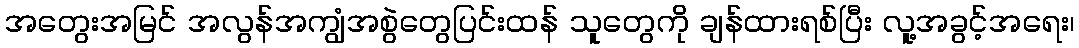
အတွေးအမြင် အလွန်အကျွံအစွဲတွေပြင်းထန် သူတွေကို ချန်ထားရစ်ပြီး လူ့အခွင့်အရေး၊